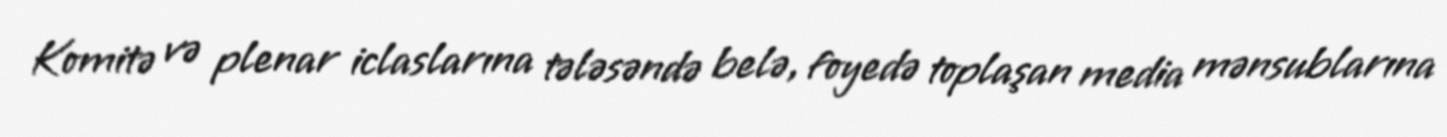
Komitə və plenar iclaslarına tələsəndə belə, foyedə toplaşan media mənsublarına